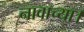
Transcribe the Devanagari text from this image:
नावाच्या।